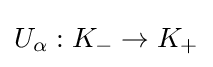
U_{\alpha }:K_{-}\to K_{+}